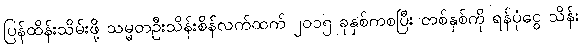
ပြန်ထိန်းသိမ်းဖို့ သမ္မတဦးသိန်းစိန်လက်ထက် ၂၀၁၅ ခုနှစ်ကစပြီး တစ်နှစ်ကို ရန်ပုံငွေ သိန်း